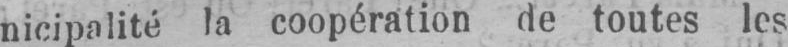
nicipalité la coopération de toutes les